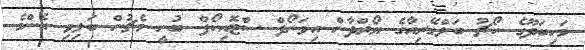
މަހިބަދޫގެ ކޯޗު ބަލްގޭރިއާގެ ޔޯރްދާން އިވަނޯފް ސްޓޮއިކޯފް ބުނީ މެޗުން ބަލިވި އެންމެ